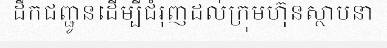
ដឹកជញ្ជូនដើម្បីជំរុញដល់ក្រុមហ៊ុនស្ថាបនា